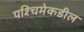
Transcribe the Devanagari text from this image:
पश्‍चिमेकडील